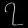
Digit: ၇